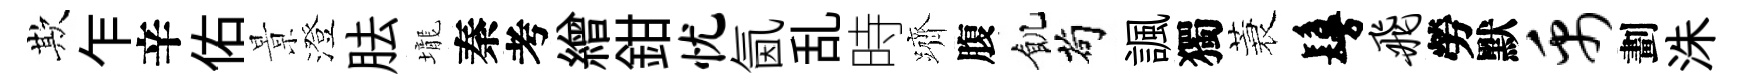
欺乍辛佑㬌澄胠壠秦考繒鉗忧氤乱時躋腹飢茍諷獨蓑鬘飞勞默禹劃洙